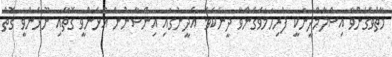
މާތްވެގެންވާ އިސްލާމްދީނަކީ ފުރިހަމަވެގެންވާ ދީނެކެވެ. އެދީނުގައި އިންސާނުން އުޅެންވީ ގޮތާއި ނޫޅެންވީ ގޮތް